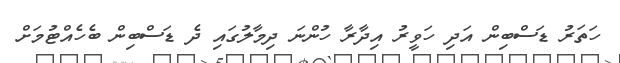
ހަތަރު ޑަސްބިން އަދި ހަވީރު އިދާރާ ހުންނަ ދިމާލުގައި ދެ ޑަސްބިން ބެހެއްޓުމަށް